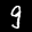
Label: 9